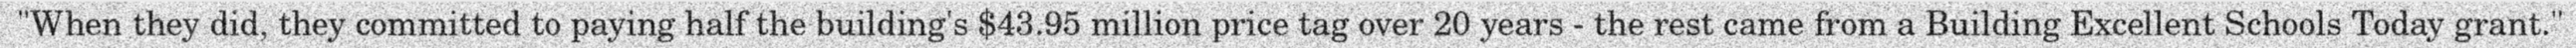
"When they did, they committed to paying half the building's $43.95 million price tag over 20 years - the rest came from a Building Excellent Schools Today grant."